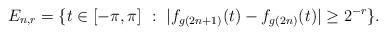
LaTeX: \begin{align*}E_{n,r} = \{t \in [-\pi, \pi]\ :\ |f_{g(2n + 1)}(t) - f_{g(2n)}(t)| \geq 2^{-r}\}.\end{align*}